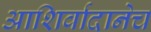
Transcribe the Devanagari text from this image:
आशिर्वादानेच